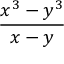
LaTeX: \frac { x ^ { 3 } - y ^ { 3 } } { x - y }